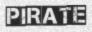
PIRATE